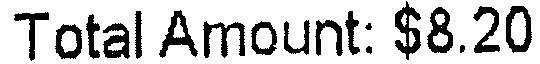
TOTAL AMOUNT: $8.20